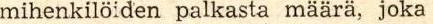
mihenkilöiden palkasta määrä, joka